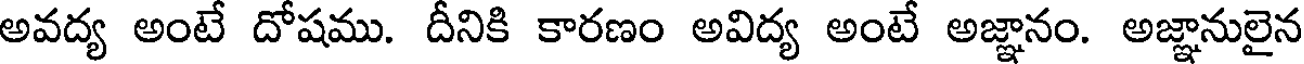
అవద్య అంటే దోషము. దీనికి కారణం అవిద్య అంటే అజ్ఞానం. అజ్ఞానులైన